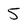
Character: 5